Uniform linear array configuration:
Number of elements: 64
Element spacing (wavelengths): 0.5
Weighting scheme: hamming
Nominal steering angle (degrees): -60
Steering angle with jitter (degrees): -59.714
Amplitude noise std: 0.05
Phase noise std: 0.05

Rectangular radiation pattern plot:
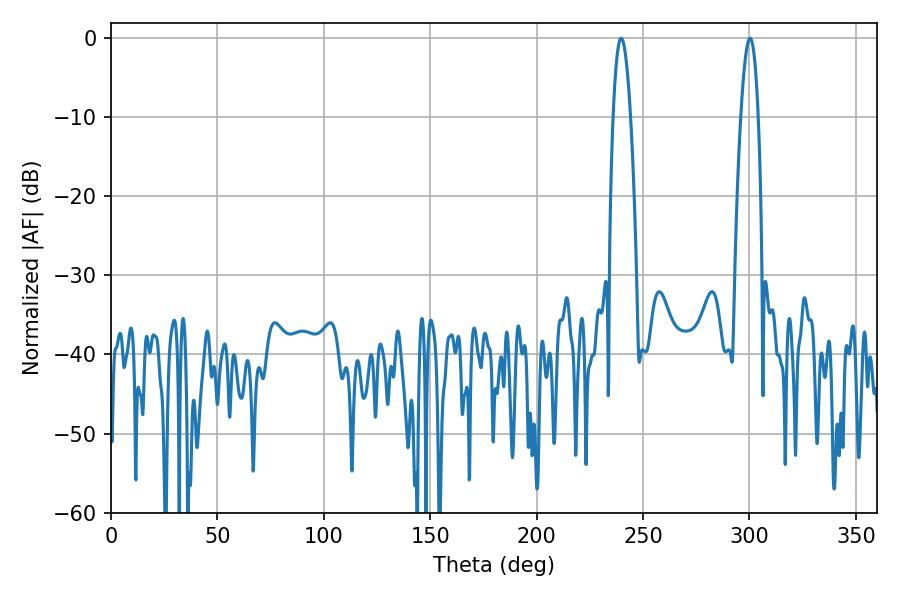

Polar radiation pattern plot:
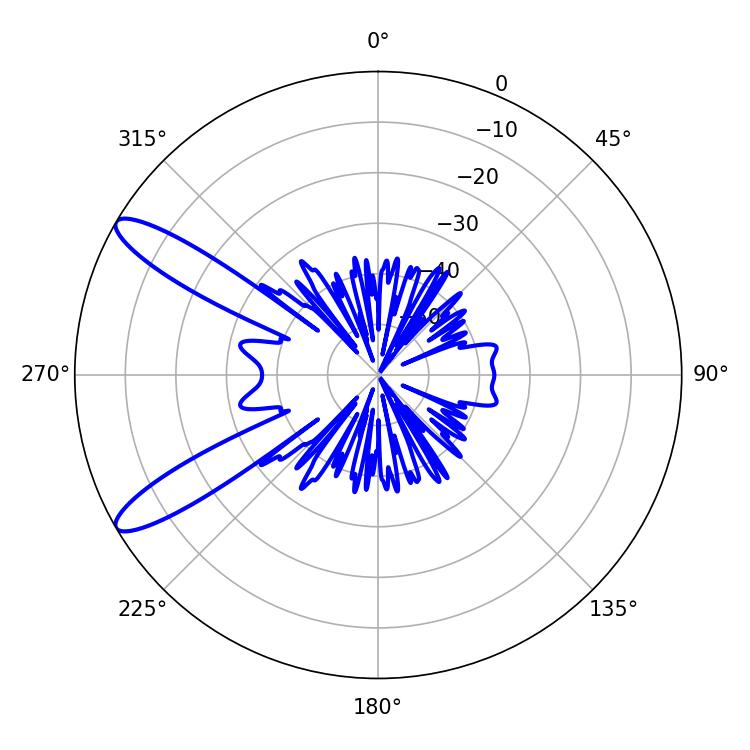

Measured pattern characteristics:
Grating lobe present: FALSE
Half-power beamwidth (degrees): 4.5
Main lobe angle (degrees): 239.76